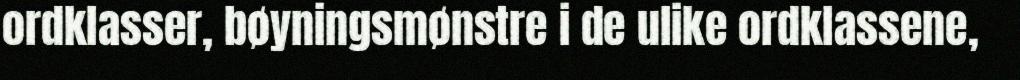
ordklasser, bøyningsmønstre i de ulike ordklassene,